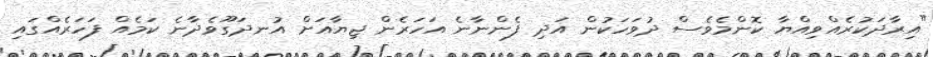
"އިރާދަކުރެއްވިއްޔާ ކޮންމެވެސް ދުވަހަކުން އަދި ފެންނާނެ އަހަރެން ޖިޔާއަށް އުނދަގޫވެދާނެ ކަމެއް ފަހަރެއްގައި